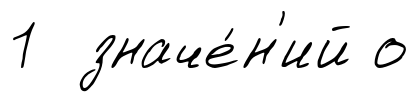
1 значе́н'ий о